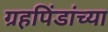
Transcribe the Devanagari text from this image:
ग्रहपिंडांच्या